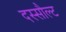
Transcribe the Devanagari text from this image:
दस्सौल्ट